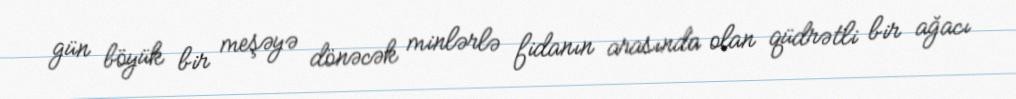
gün böyük bir meşəyə dönəcək minlərlə fidanın arasında olan qüdrətli bir ağacı